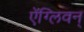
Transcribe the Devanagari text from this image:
ऐंग्लिवन्